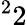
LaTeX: ^22